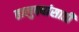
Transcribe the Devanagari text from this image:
तालुक्यांसाठी